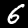
Digit: 6